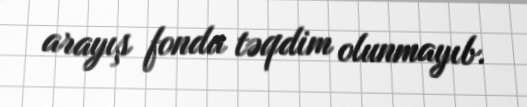
arayış fonda təqdim olunmayıb.